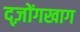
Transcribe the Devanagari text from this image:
द्ज़ोंगखाग